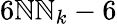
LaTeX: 6\mathbb{N}\mathbb{N}_{k}-6